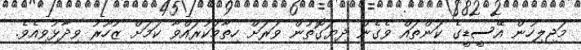
މަޖިލިހުން އޭސީޑީގެ ކަންތައް ވެގެން ދިޔަގޮތުން ވަރަށް ހިތާމަކުރައްވާ ކަމަށް ޒުހޫރު ވިދާޅުވިއެވެ.